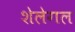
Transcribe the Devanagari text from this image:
शेलेगल